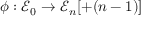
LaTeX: \phi : { \mathcal { E } } _ { 0 } \to { \mathcal { E } } _ { n } [ + ( n - 1 ) ]